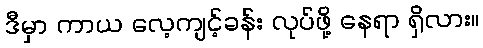
ဒီမှာ ကာယ လေ့ကျင့်ခန်း လုပ်ဖို့ နေရာ ရှိလား။